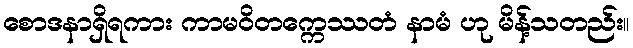
စောဒနာရှိရကား ကာမဝိတက္ကေဿတံ နာမံ ဟု မိန့်သတည်း။